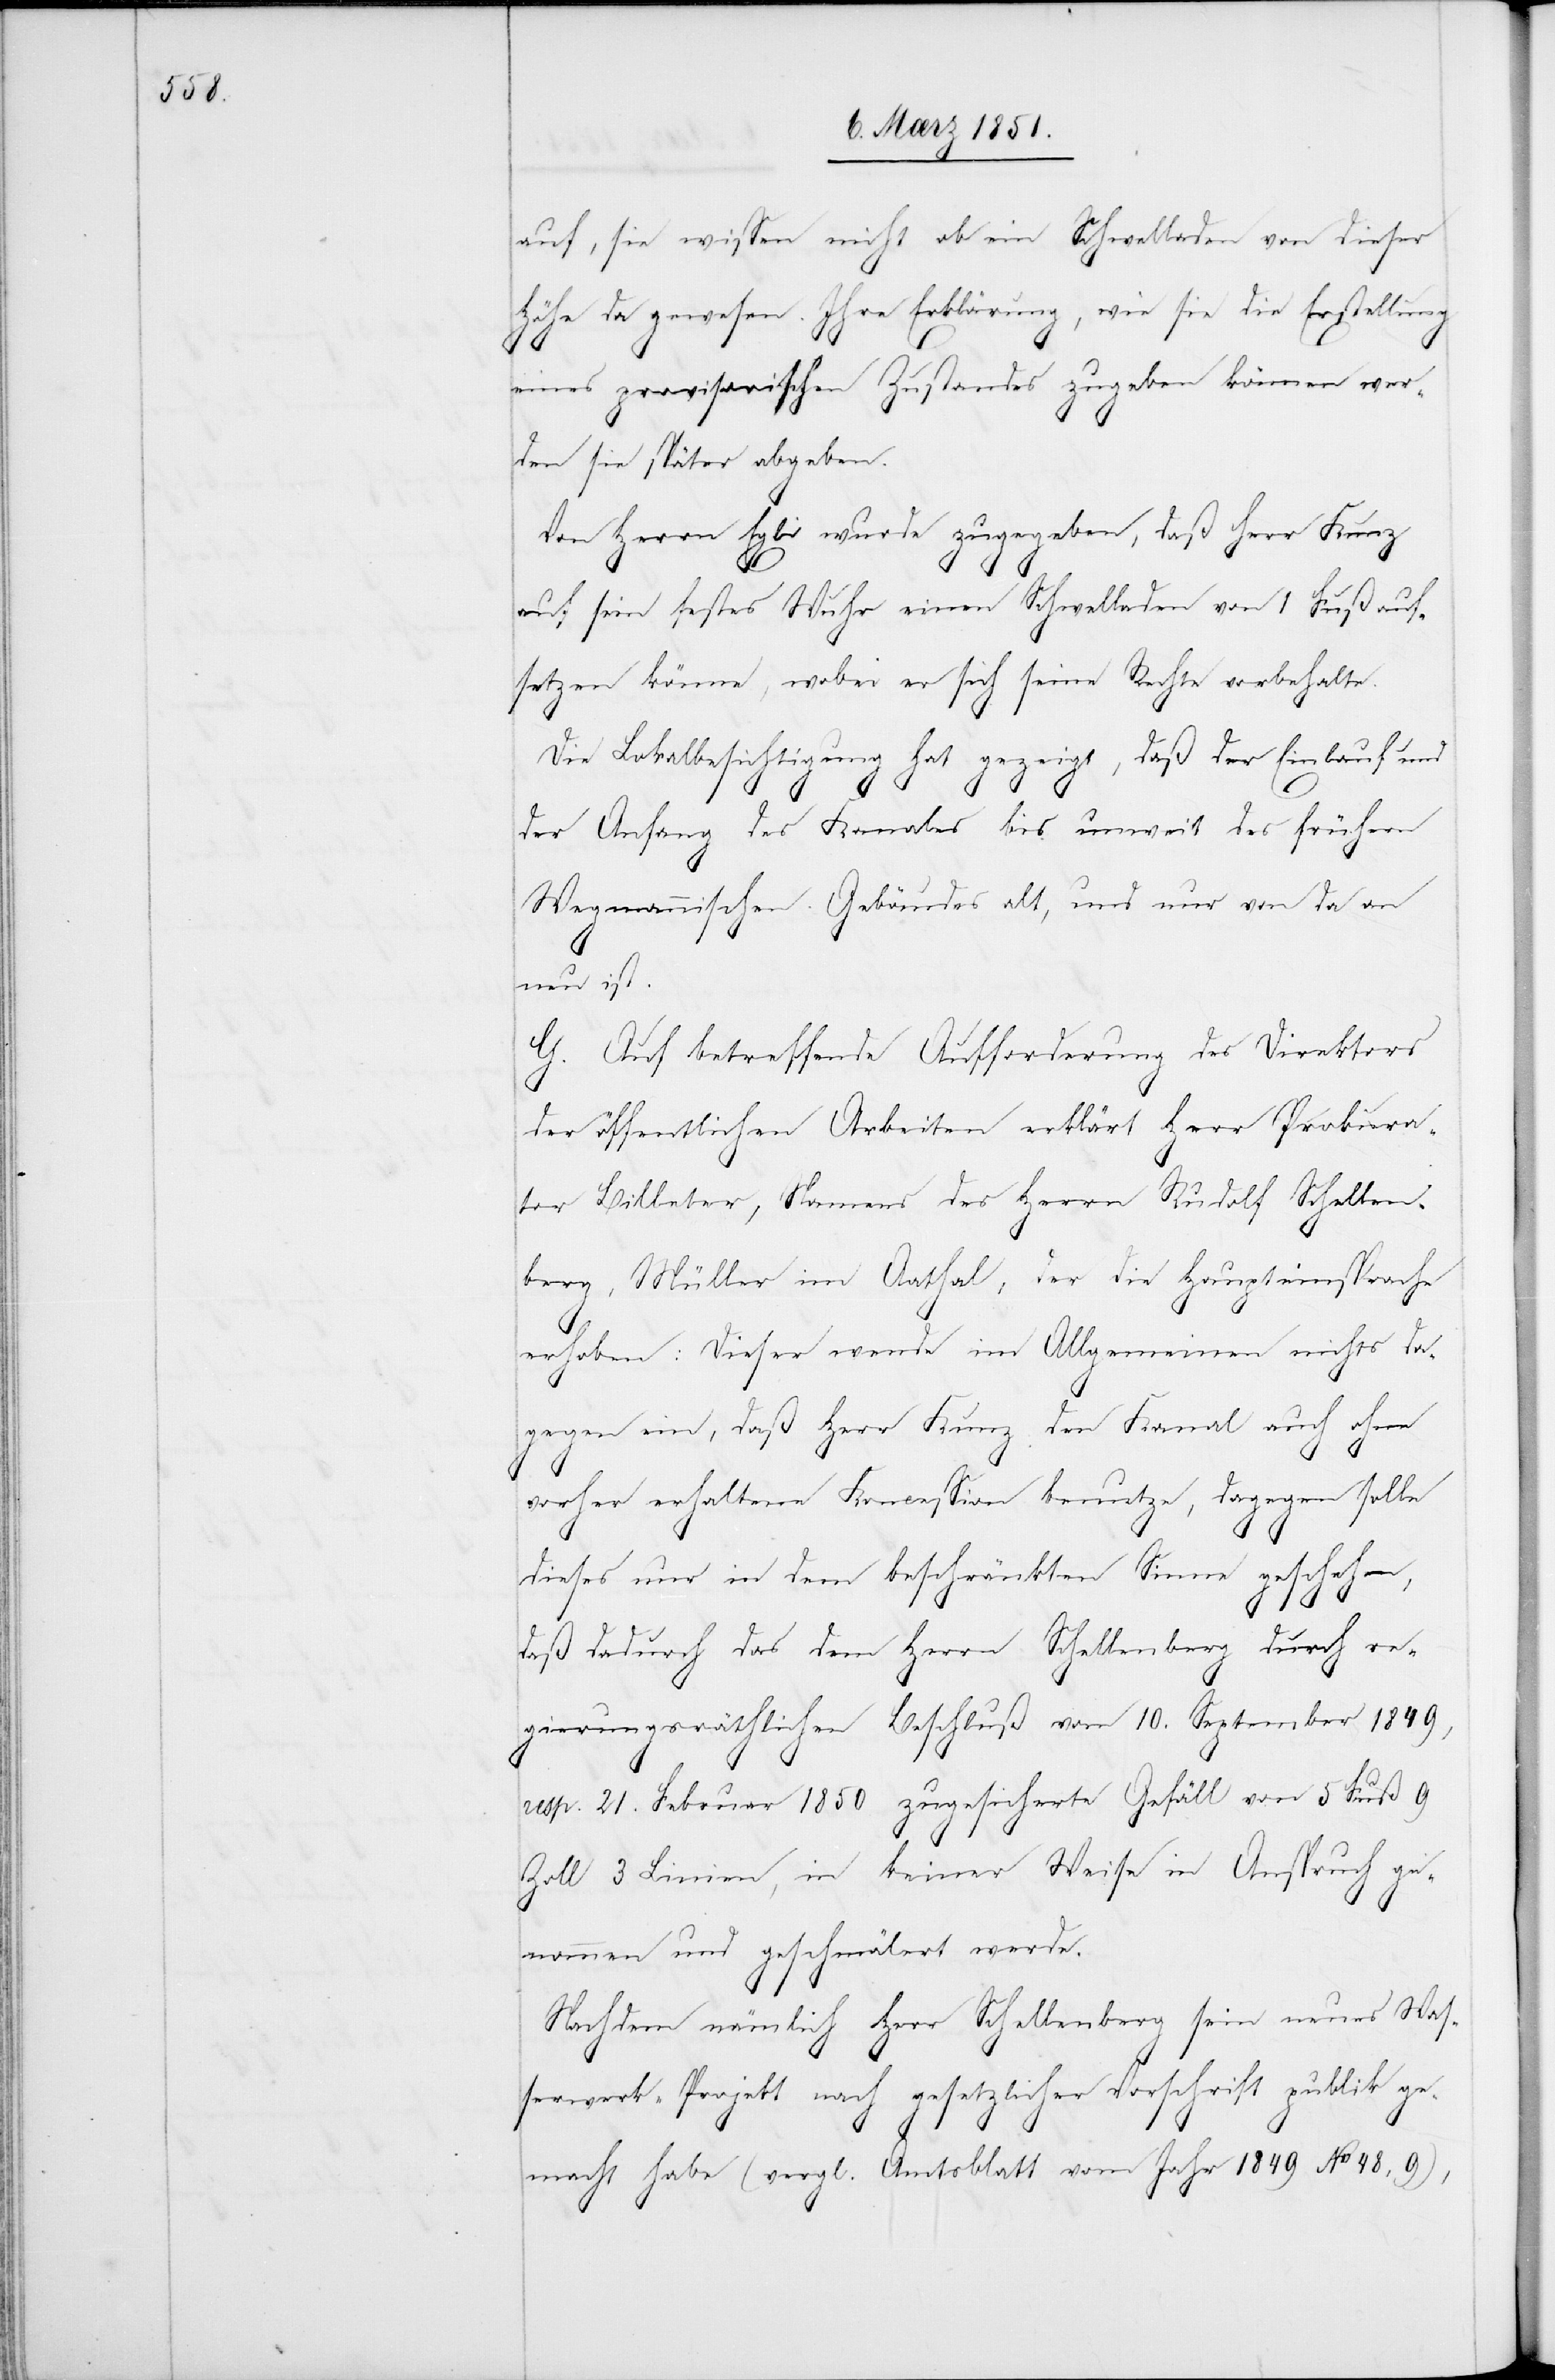
auf, sie wissen nicht ob ein Schwell[l]aden von dieser
Höhe da gewesen. Ihre Erklärung, wie sie die Erstellung
eines provisorischen Zustandes zugeben können wer¬
den sie später abgeben.
Von Herrn Egli wurde zugegeben, daß Herr Kunz
auf sein festes Wuhr einen Schwell[l]aden von 1 Fuß auf¬
setzen könne, wobei er sich seine Rechte vorbehalte.
Die Lokalbesichtigung hat gezeigt, daß der Einlauf und
der Anfang des Kanales bis unweit des frühern
Wegmannischen Gebäudes alt, und nur von da an
neu ist.
G. Auf betreffende Aufforderung des Direktors
der öffentlichen Arbeiten erklärt Herr Prokura¬
tor Billeter, Namens des Herrn Rudolf Schellen¬
berg, Müller im Aathal, der die Haupteinsprache
erhoben: Dieser wende im Allgemeinen nichts da¬
gegen ein, daß Herr Kunz den Kanal auch ohne
vorher erhaltene Koncession benutze, dagegen solle
dieses nur in dem beschränkten Sinne geschehen,
daß dadurch das dem Herrn Schellenberg durch re¬
gierungsräthlichen Beschluß vom 10. September 1849,
resp. 21. Februar 1850 zugesicherte Gefäll von 5 Fuß 9
Zoll 3 Linien, in keiner Weise in Anspruch ge¬
nommen und geschmälert werde.
Nachdem nämlich Herr Schellenberg sein neues Was¬
serwerk-Projekt nach gesetzlicher Vorschrift publik ge¬
macht habe (vergl. Amtsblatt vom Jahr 1849 No 48, 9),